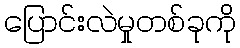
ပြောင်းလဲမှုတစ်ခုကို